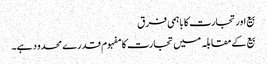
بیع اور تجارت کا باہمی فرق
بیع کے مقابلہ میں تجارت کا مفہوم قدرے محدود ہے۔